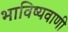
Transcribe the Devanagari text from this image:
भाविष्यवाणी